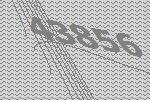
43856